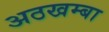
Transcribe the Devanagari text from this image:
अठखम्बा